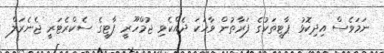
ނަމަވެސް އިދިކޮޅު ޕާޓީތަކުގެ ފަރާތުން ވާހަކަ ދެއްކެވި ޖުމްހޫރީ ޕާޓީގެ ސެކްރެޓަރީ ޖެނެރަލް